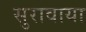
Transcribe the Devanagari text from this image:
सुरावाया